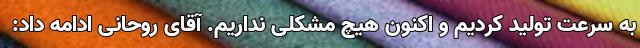
به سرعت تولید کردیم و اکنون هیچ مشکلی نداریم. آقای روحانی ادامه داد: